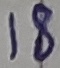
Text: 18